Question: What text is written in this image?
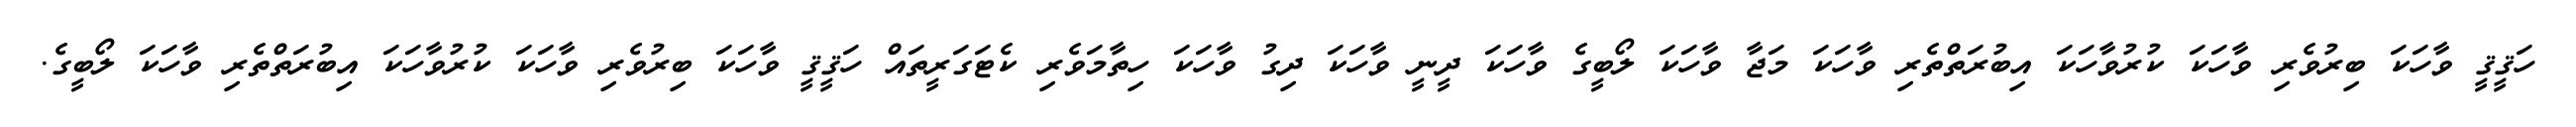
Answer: ހަޤީޤީ ވާހަކަ ބިރުވެރި ވާހަކަ ކުރުވާހަކަ އިބުރަތްތެރި ވާހަކަ މަޖާ ވާހަކަ ލޯބީގެ ވާހަކަ ދީނީ ވާހަކަ ދިގު ވާހަކަ ހިތާމަވެރި ކެޓަގަރީތައް ހަޤީޤީ ވާހަކަ ބިރުވެރި ވާހަކަ ކުރުވާހަކަ އިބުރަތްތެރި ވާހަކަ ލޯބީގެ.